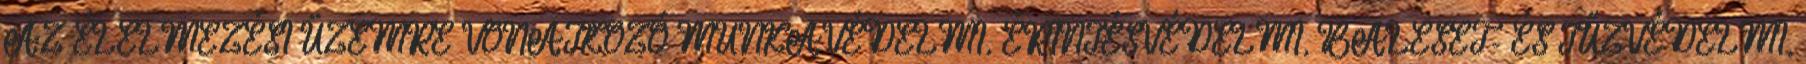
AZ ÉLELMEZÉSI ÜZEMRE VONATKOZÓ MUNKAVÉDELMI, ÉRINTÉSVÉDELMI, BALESET- ÉS TŰZVÉDELMI,